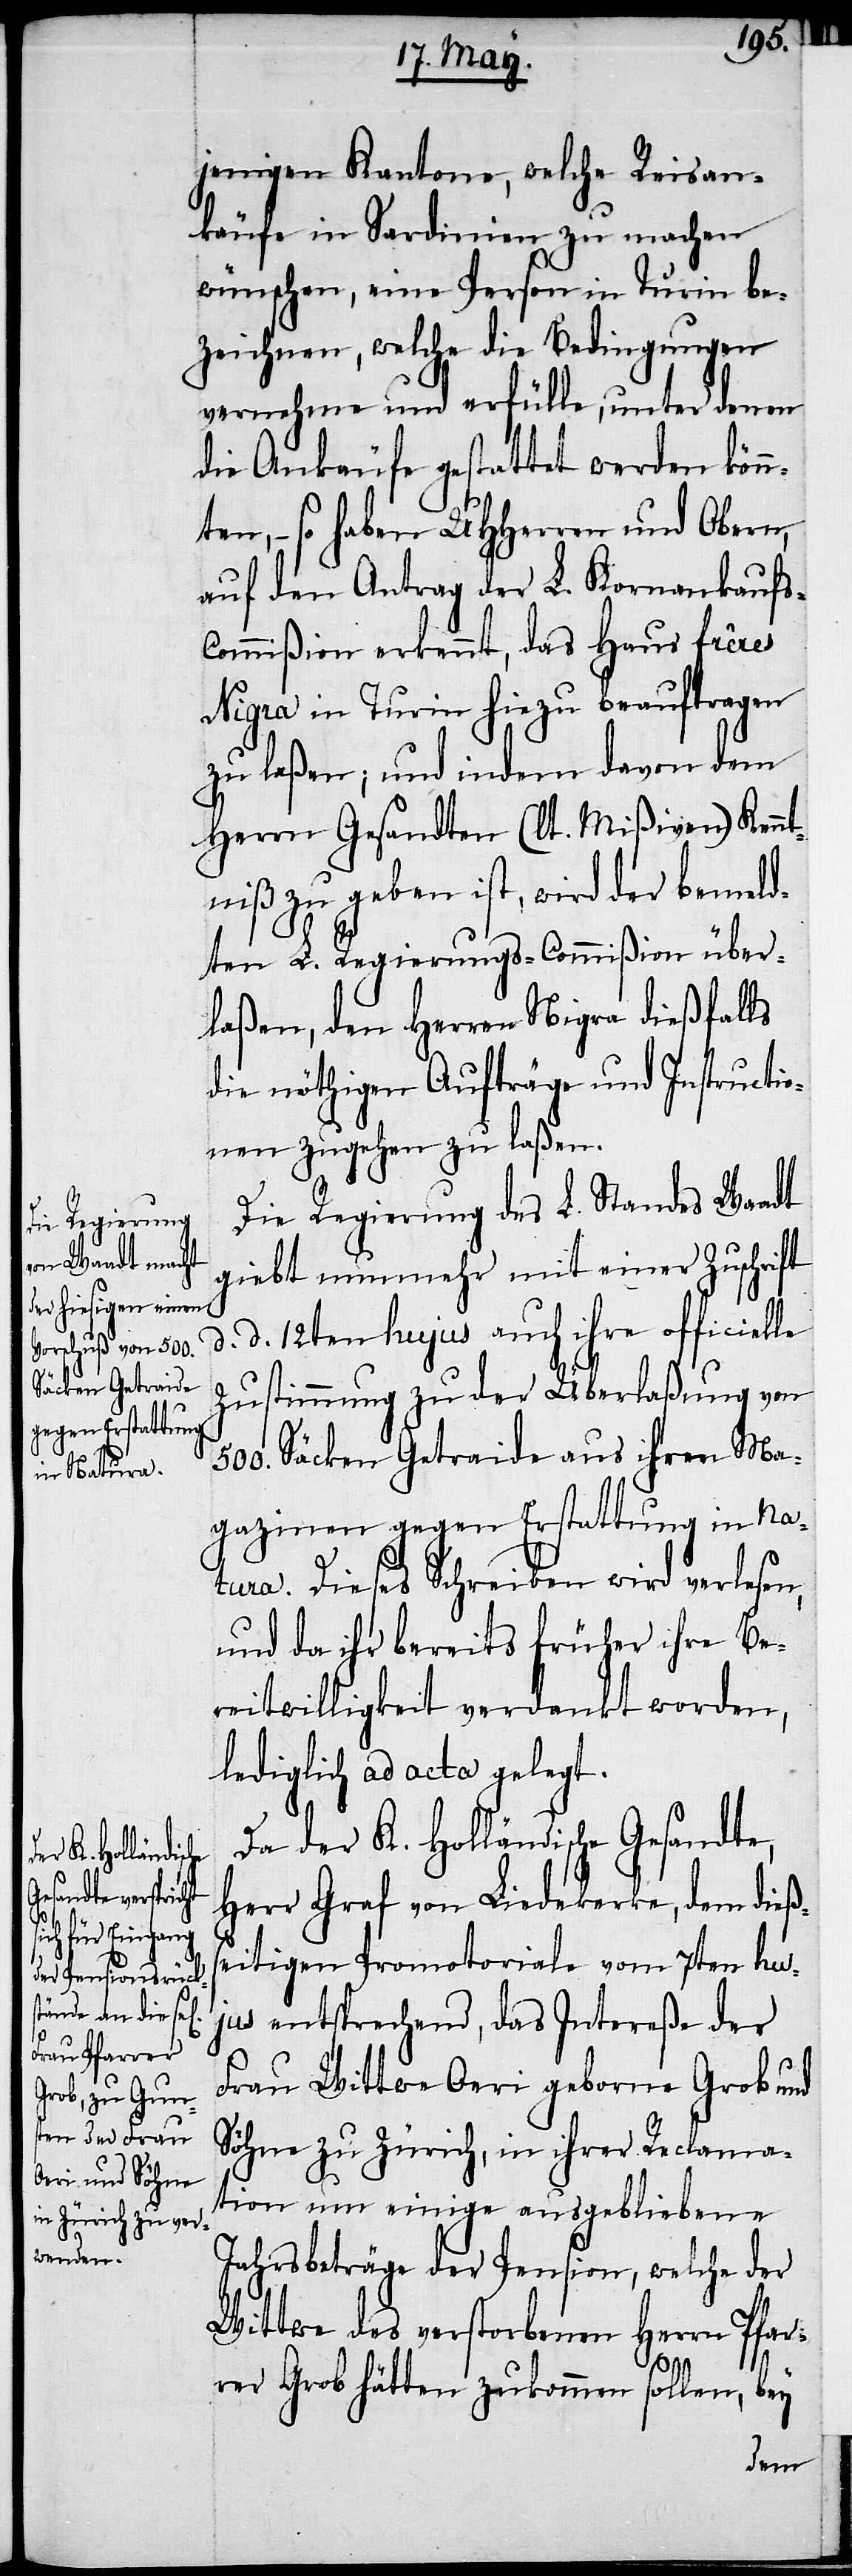
s-C¬

jenigen Kantone, welche Reisan¬
käufe in Sardinien zu machen
wünschen, eine Person in Turin be¬
zeichnen, welche die Bedingungen
vernehme und erfülle, unter denen
die Ankäufe gestattet werden könn¬
ten, – so haben UHHerren und Obern,
auf den Antrag der L. Kornankauf¬
ommißion erkennt, das Haus frêres
Nigra in Turin hiezu beauftragen
zu laßen; und indem davon dem
Herrn Gesandten (lt. Mißiven) Kennt¬
niß zu geben ist, wird der bemeld¬
ten L. Regierungs-Commißion über¬
laßen, den Herren Nigra dießfalls
die nöthigen Aufträge und Instructio¬
nen zugehen zu laßen.
Die Regierung des L. Standes Waadt
giebt nunmehr mit einer Zuschrift
d. d. 12ten hujus auch ihre officielle
Zustimmung zu der Überlaßung von
500. Säcken Getraide aus ihren Ma¬
gazinen gegen Erstattung in Na¬
tura. Dieses Schreiben wird verlesen,
und da ihr bereits früher ihre Be¬
reitwilligkeit verdankt worden,
lediglich ad acta gelegt.
Da der K. Holländische Gesandte,
Herr Graf von Liedekerke, dem dießs¬
eitigen Promotoriale vom 7ten hu¬
jus entsprechend, das Intereße der
Frau Wittwe Oeri geborne Grob und
Söhne zu Zürich, in ihrer Reclama¬
tion um einige ausgebliebene
Jahresbeträge der Pension, welche der
Wittwe des verstorbenen Herrn Pfar¬
rer Grob hätten zukommen sollen, bey